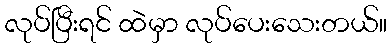
လုပ်ပြီးရင် ထဲမှာ လုပ်ပေးသေးတယ်။